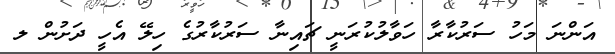
އަންނަ މަހު ސަރުކާރާ ހަވާލުކުރަނީ ޗައިނާ ސަރުކާރުގެ ހިލޭ އެހީ ދަށުން ލ